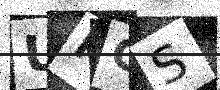
Text: UKGS